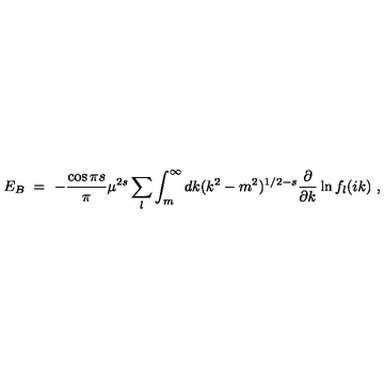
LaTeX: E _ { B } \ = \ - \frac { \cos \pi s } { \pi } \mu ^ { 2 s } \sum _ { l } \int _ { m } ^ { \infty } d k ( k ^ { 2 } - m ^ { 2 } ) ^ { 1 / 2 - s } \frac { \partial } { \partial k } \ln f _ { l } ( i k ) \ ,